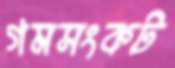
গমসংকট